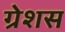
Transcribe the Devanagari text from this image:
ग्रेशस